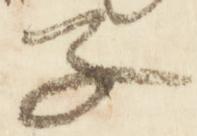
子